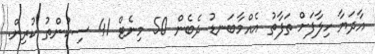
އާދަޔާ ހިލާފަށް ތަފާތު އެއްމާބަނޑު ދެބެން 50 މިނެޓް 41 ސިކުންތު ކުރިން.